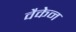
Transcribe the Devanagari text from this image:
वैकेन